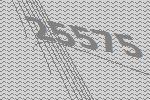
25575